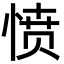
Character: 愤